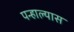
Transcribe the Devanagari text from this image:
पन्हाल्यास